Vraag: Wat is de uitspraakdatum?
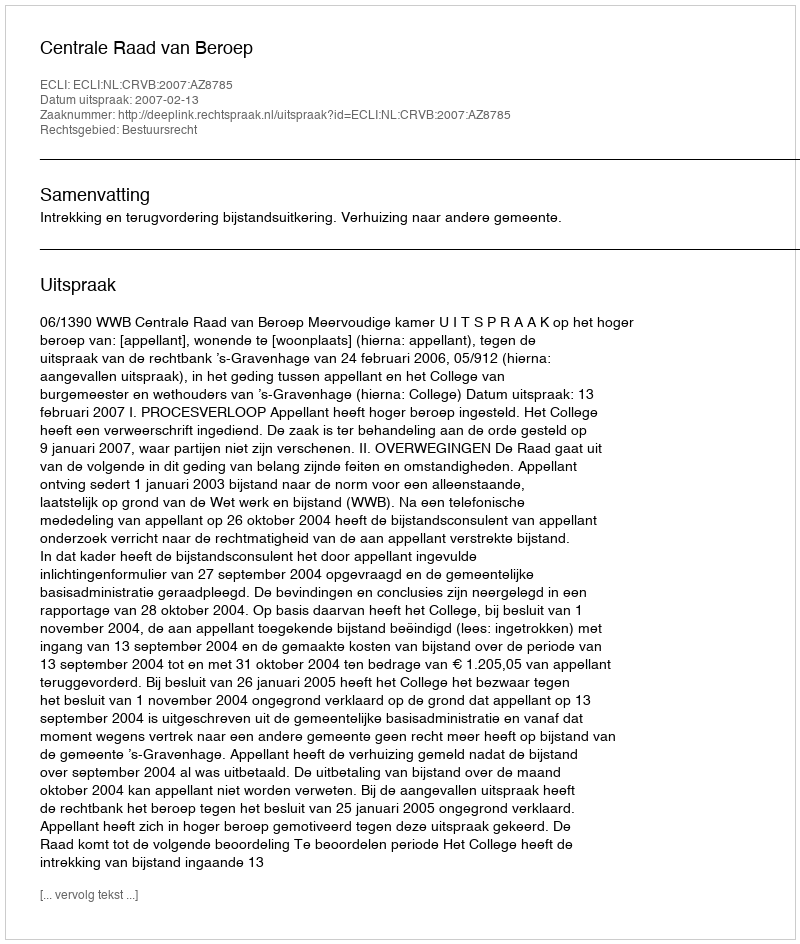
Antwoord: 2007-02-13